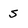
Character: 5